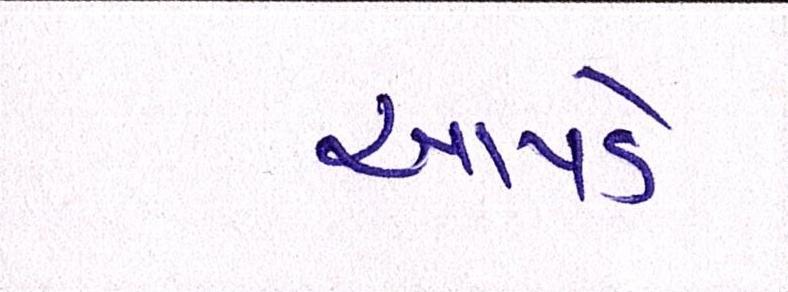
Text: આપડે